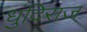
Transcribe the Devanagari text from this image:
धुंदिराज